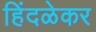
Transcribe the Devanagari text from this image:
हिंदळेकर